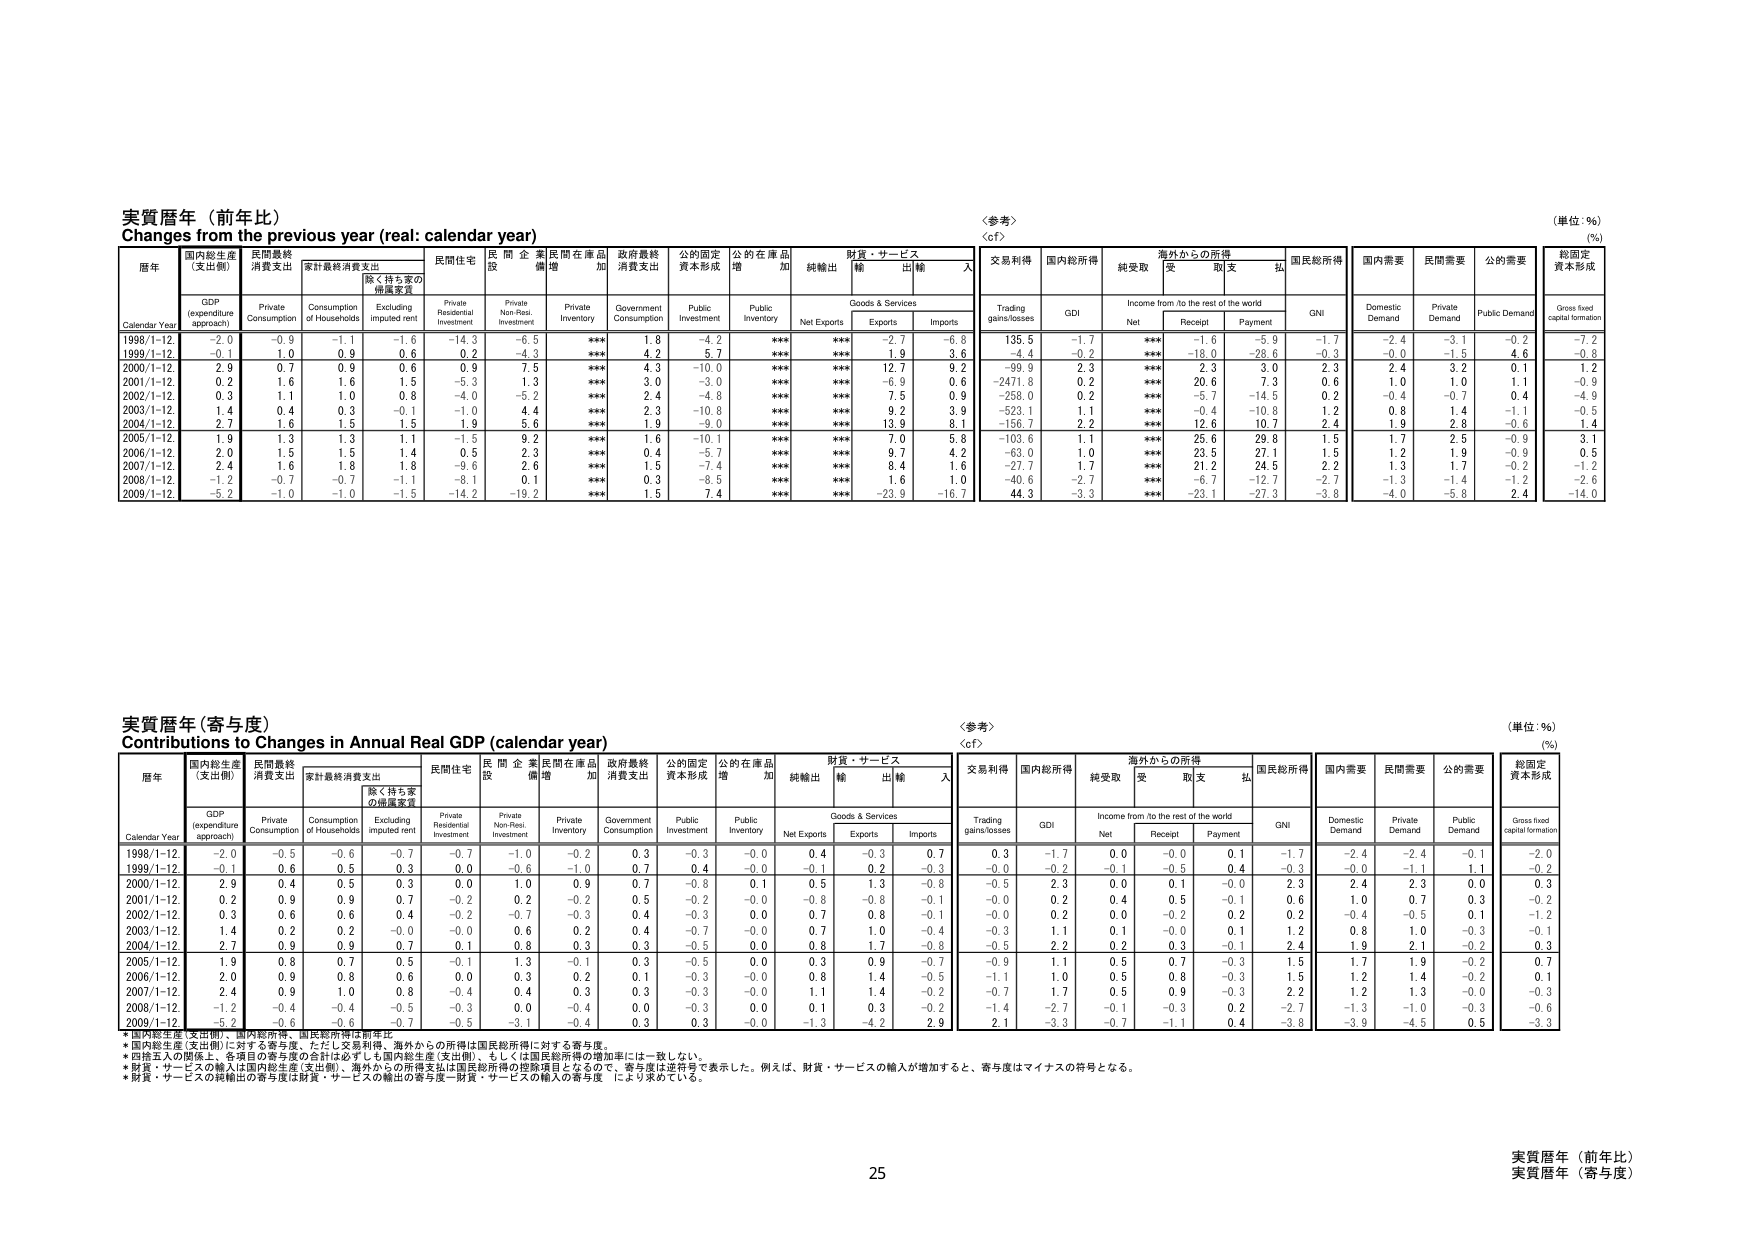
実質暦年（前年比）
Changes from the previous year (real: calendar year)
〈参考〉
〈cf〉
（単位：％）
(%)

暦年
国内総生産（支出側）
民間最終消費支出
家計最終消費支出
除く持ち家の帰属家賃
民間住宅
民間企業設備
民間在庫品増加
政府最終消費支出
公的固定資本形成
公的在庫品増加
財貨・サービス
純輸出
輸入
交易利得
国内総所得
純受取
海外からの所得
受取
支払
国民総所得
国内需要
民間需要
公的需要
総固定資本形成

Calendar Year
GDP (expenditure approach)
Private Consumption
Consumption of Households
Excluding imputed rent
Private Residential Investment
Private Non-Resi. Investment
Private Inventory
Government Consumption
Public Investment
Public Inventory
Net Exports
Goods & Services
Exports
Imports
Trading gains/losses
GDI
Income from /to the rest of the world
Net
Receipt
Payment
GNI
Domestic Demand
Private Demand
Public Demand
Gross fixed capital formation

1998/1-12
-2.0
-0.9
-1.1
-1.6
-14.3
-6.5
***
1.8
-4.2
***
***
-2.7
-6.8
135.5
-1.7
***
-1.6
-5.9
-1.7
-2.4
-3.1
-0.2
-7.2

1999/1-12
-0.1
1.0
0.9
0.6
0.2
-4.3
***
4.2
5.7
***
***
1.9
3.6
-4.4
-0.2
***
-18.0
-28.6
-0.3
-0.0
-1.5
4.6
-0.8

2000/1-12
2.9
0.7
0.9
0.6
0.9
7.5
***
4.3
-10.0
***
***
12.7
9.2
-99.9
2.3
***
2.3
3.0
2.3
2.4
3.2
0.1
1.2

2001/1-12
0.2
1.6
1.6
1.5
-5.3
1.3
***
3.0
-3.0
***
***
-6.9
0.6
-2471.8
0.2
***
20.6
7.3
0.6
1.0
1.0
1.1
-0.9

2002/1-12
0.3
1.1
1.0
0.8
-4.0
-5.2
***
2.4
-4.8
***
***
7.5
0.9
-258.0
0.2
***
-5.7
-14.5
0.2
-0.4
-0.7
0.4
-4.9

2003/1-12
1.4
0.4
0.3
-0.1
-1.0
4.4
***
2.3
-10.8
***
***
9.2
3.9
-523.1
1.1
***
-0.4
-10.8
1.2
0.8
1.4
-1.1
-0.5

2004/1-12
2.7
1.6
1.5
1.5
1.9
5.6
***
1.9
-9.0
***
***
13.9
8.1
-156.7
2.2
***
12.6
10.7
2.4
1.9
2.8
-0.6
1.4

2005/1-12
1.9
1.3
1.3
1.1
-1.5
9.2
***
1.6
-10.1
***
***
7.0
5.8
-103.6
1.1
***
25.6
29.8
1.5
1.7
2.5
-0.9
3.1

2006/1-12
2.0
1.5
1.5
1.4
0.5
2.3
***
0.4
-5.7
***
***
9.7
4.2
-63.0
1.0
***
23.5
27.1
1.5
1.2
1.9
-0.9
0.5

2007/1-12
2.4
1.6
1.8
1.8
-9.6
2.6
***
1.5
-7.4
***
***
8.4
1.6
-27.7
1.7
***
21.2
24.5
2.2
1.3
1.7
-0.2
-1.2

2008/1-12
-1.2
-0.7
-0.7
-1.1
-8.1
0.1
***
0.3
-8.5
***
***
1.6
1.0
-40.6
-2.7
***
-6.7
-12.7
-2.7
-1.3
-1.4
-1.2
-2.6

2009/1-12
-5.2
-1.0
-1.0
-1.5
-14.2
-19.2
***
1.5
7.4
***
***
-23.9
-16.7
44.3
-3.3
***
-23.1
-27.3
-3.8
-4.0
-5.8
2.4
-14.0

実質暦年（寄与度）
Contributions to Changes in Annual Real GDP (calendar year)
〈参考〉
〈cf〉
（単位：％）
(%)

暦年
国内総生産（支出側）
民間最終消費支出
家計最終消費支出
除く持ち家の帰属家賃
民間住宅
民間企業設備
民間在庫品増加
政府最終消費支出
公的固定資本形成
公的在庫品増加
財貨・サービス
純輸出
輸入
交易利得
国内総所得
純受取
海外からの所得
受取
支払
国民総所得
国内需要
民間需要
公的需要
総固定資本形成

Calendar Year
GDP (expenditure approach)
Private Consumption
Consumption of Households
Excluding imputed rent
Private Residential Investment
Private Non-Resi. Investment
Private Inventory
Government Consumption
Public Investment
Public Inventory
Net Exports
Goods & Services
Exports
Imports
Trading gains/losses
GDI
Income from /to the rest of the world
Net
Receipt
Payment
GNI
Domestic Demand
Private Demand
Public Demand
Gross fixed capital formation

1998/1-12
-2.0
-0.5
-0.6
-0.7
-0.7
-1.0
-0.2
0.3
-0.3
-0.0
0.4
-0.3
0.7
0.3
-1.7
0.0
-0.0
0.1
-1.7
-2.4
-2.4
-0.1
-2.0

1999/1-12
-0.1
0.6
0.5
0.3
0.0
-0.6
-1.0
0.7
0.4
-0.0
-0.1
0.2
-0.3
-0.0
-0.2
-0.1
-0.5
0.4
-0.3
-0.0
-1.1
1.1
-0.2

2000/1-12
2.9
0.4
0.5
0.3
0.0
1.0
0.9
0.7
-0.8
0.1
0.5
1.3
-0.8
-0.5
2.3
0.0
0.1
-0.0
2.3
2.4
2.3
0.0
0.3

2001/1-12
0.2
0.9
0.9
0.7
-0.2
0.2
-0.2
0.5
-0.2
-0.0
-0.8
-0.8
-0.1
-0.0
0.2
0.4
0.5
-0.1
0.6
1.0
0.7
0.3
-0.2

2002/1-12
0.3
0.6
0.6
0.4
-0.2
-0.7
-0.3
0.4
-0.3
0.0
0.7
0.8
-0.1
-0.0
0.2
0.0
-0.2
0.2
0.2
-0.4
-0.5
0.1
-1.2

2003/1-12
1.4
0.2
0.2
-0.0
-0.0
0.6
0.2
0.4
-0.7
-0.0
0.7
1.0
-0.4
-0.3
1.1
0.1
-0.0
0.1
1.2
0.8
1.0
-0.3
-0.1

2004/1-12
2.7
0.9
0.9
0.7
0.1
0.8
0.3
0.3
-0.5
0.0
0.8
1.7
-0.8
-0.5
2.2
0.2
0.3
-0.1
2.4
1.9
2.1
-0.2
0.3

2005/1-12
1.9
0.8
0.7
0.5
-0.1
1.3
-0.1
0.3
-0.5
0.0
0.3
0.9
-0.7
-0.9
1.1
0.5
0.7
-0.3
1.5
1.7
1.9
-0.2
0.7

2006/1-12
2.0
0.9
0.8
0.6
0.0
0.3
0.2
0.1
-0.3
-0.0
0.8
1.4
-0.5
-1.1
1.0
0.5
0.8
-0.3
1.5
1.2
1.4
-0.2
0.1

2007/1-12
2.4
0.9
1.0
0.8
-0.4
0.4
0.3
0.3
-0.3
-0.0
1.1
1.4
-0.2
-0.7
1.7
0.5
0.9
-0.3
2.2
1.2
1.3
-0.0
-0.3

2008/1-12
-1.2
-0.4
-0.4
-0.5
-0.3
0.0
-0.4
0.0
-0.3
0.0
0.1
0.3
-0.2
-1.4
-2.7
-0.1
-0.3
0.2
-2.7
-1.3
-1.0
-0.3
-0.6

2009/1-12
-5.2
-0.6
-0.6
-0.7
-0.5
-3.1
-0.4
0.3
0.3
-0.0
-1.3
-4.2
2.9
2.1
-3.3
-0.7
-1.1
0.4
-3.8
-3.9
-4.5
0.5
-3.3

*国内総生産（支出側）、国内総所得、国民総所得は前年比
*国内総生産（支出側）に対する寄与度、ただし交易利得、海外からの所得は国民総所得に対する寄与度。
*四捨五入の関係上、各項目の寄与度の合計は必ずしも国内総生産（支出側）、もしくは国民総所得の増加率には一致しない。
*財貨・サービスの輸入は国内総生産（支出側）、海外からの所得支払は国民総所得の控除項目となるので、寄与度は逆符号で表示した。例えば、財貨・サービスの輸入が増加すると、寄与度はマイナスの符号となる。
*財貨・サービスの純輸出の寄与度は財貨・サービスの輸出の寄与度－財貨・サービスの輸入の寄与度 により求めている。

25
実質暦年（前年比）
実質暦年（寄与度）